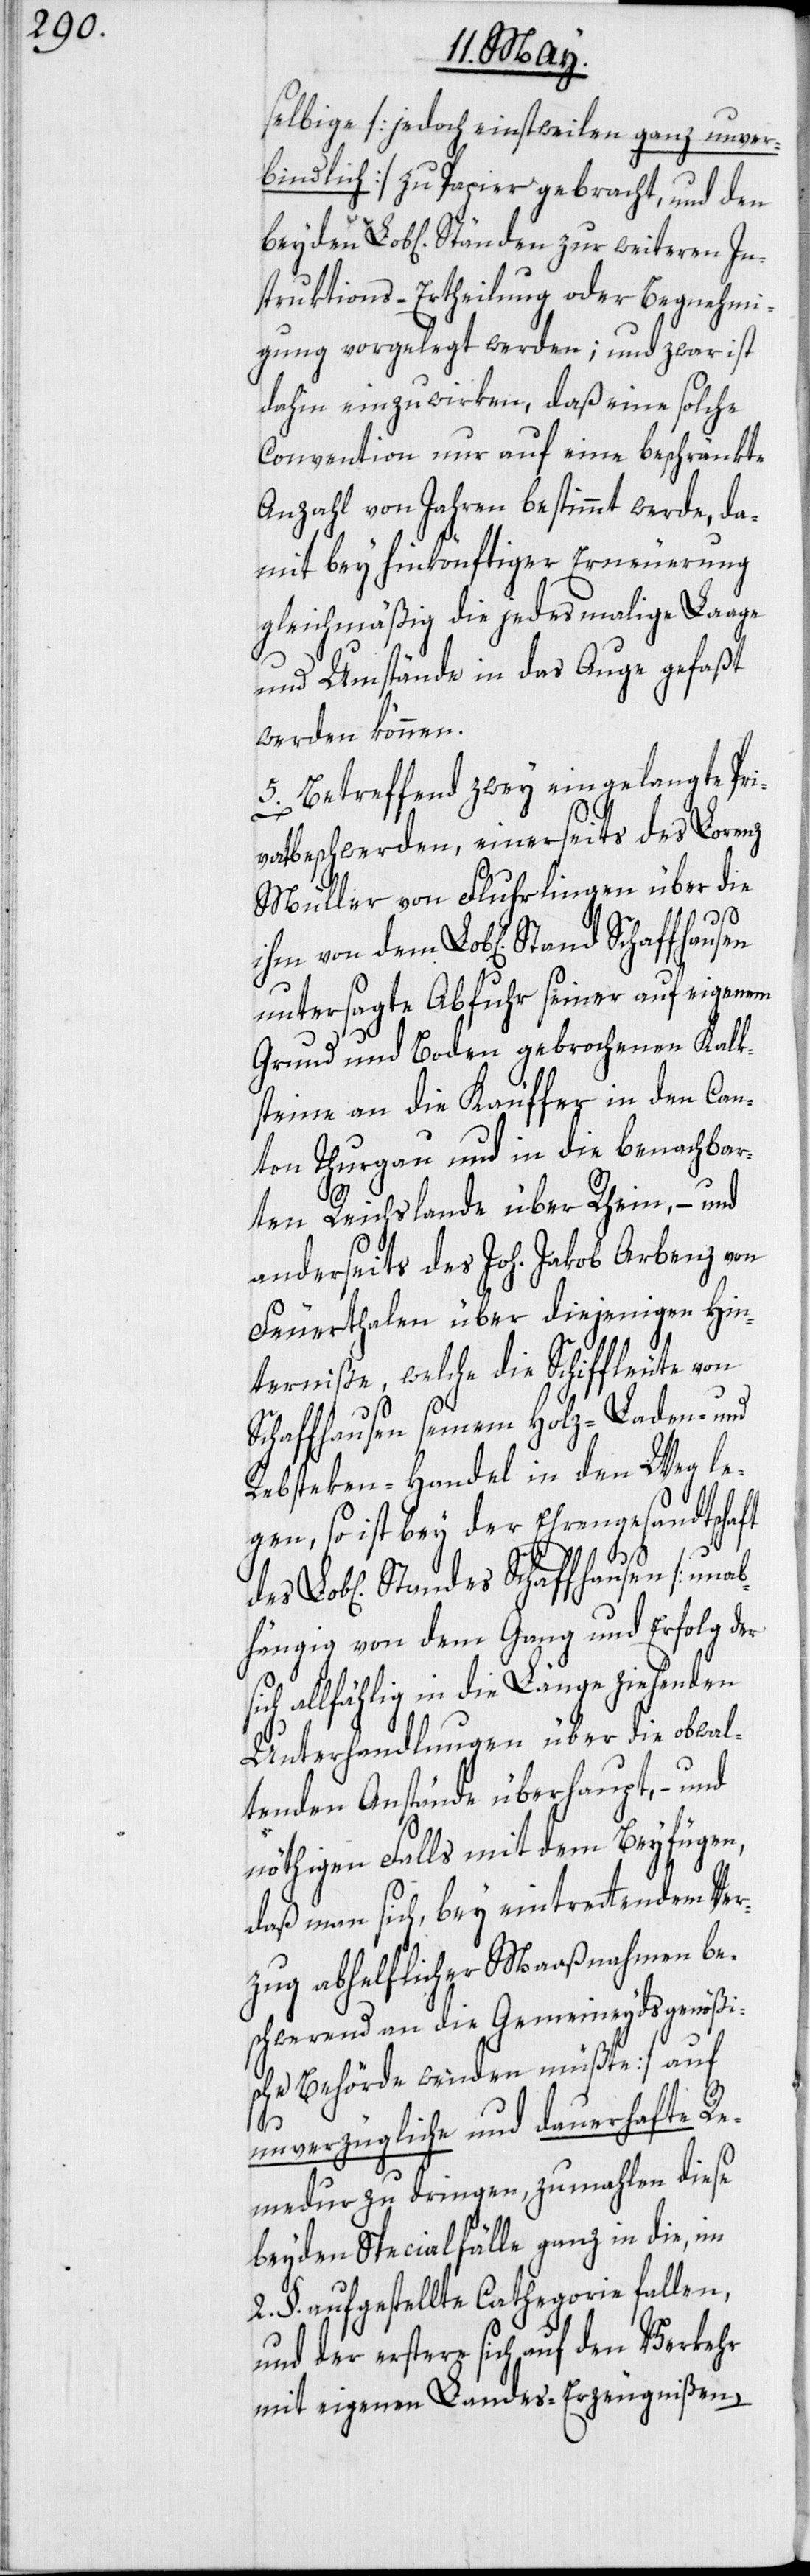
selbige [jedoch einstweilen ganz unver¬
bindlich] zu Papier gebracht, und den
struktions-Ertheilung oder Begnehmi¬
gung vorgelegt werden; und zwar ist
dahin einzuwirken, daß eine solche
Convention nur auf eine beschränkte
Anzahl von Jahren bestimmt werde, da¬
mit bey hinkönftiger Erneuerung
gleichmäßig die jedesmalige Laage
und Umstände in das Auge gefaßt
werden können.
5. Betreffend zwey eingelangte Pri¬
vatbeschwerden, einerseits des Lorenz
Müller von Fluhrlingen über die
untersagte Abfuhr seiner auf eigenem
Grund und Boden gebrochenen Kalk¬
steine an die Käuffer in den Can¬
ton Thurgau und in die benachbar¬
Lo¬
ten Reichslande über Rhein, – und
anderseits des Joh. Jakob Arbenz von
Feuerthalen über diejenigen Hin¬
terniße, welche die Schiffleute von
Schaffhausen seinem Holz-[,] Laden- und
Rebsteken-Handel in den Weg le¬
gen, so ist bey der Ehrengesandtschaft
b[lichen] Standes Schaffhausen [unab¬
hängig von dem Gang und Erfolg der
sich allfählig in die Länge ziehenden
Unterhandlungen über die obwal¬
tenden Anstände überhaupt, – und
nöthigen Falls mit dem Beyfügen,
daß man sich, bey eintrettendem Ver¬
zug abhelflicher Maaßnahmen be¬
schwerend an die Gemeineydsgenößi¬
sche Behörde wenden müßte] auf
unverzügliche und dauerhafte Re¬
medur zu dringen, zumahlen diese
beyden Specialfälle ganz in die, im
2. §. aufgestellte Cathegorie fallen,
und der erstere sich auf den Verkehr
mit eigenen Landes-Erzeugnißen,